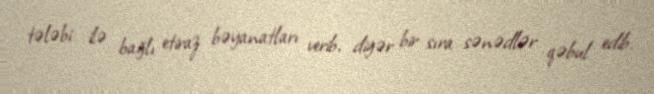
tələbi ilə bağlı etiraz bəyanatları verib, digər bir sıra sənədlər qəbul edib.